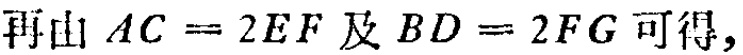
再由 \(AC = 2EF\) 及 \(BD = 2FG\) 可得，